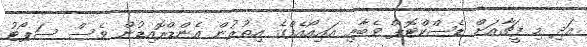
އަދި މި ފީޗާއަށް ޑެސްކްޓޮޕް ވެބާއި އައިއޯއެފްގެ އިތުރުން އެންޑްރޮއިޑުން ވެސް ސަޕޯޓު